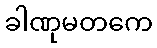
ခါဏုမတကေ